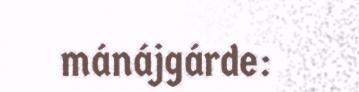
mánájgárde: